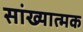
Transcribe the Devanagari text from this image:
सांख्यात्मक